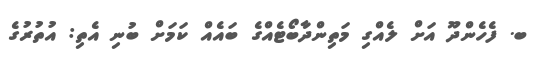
ބ. ފެހެންދޫ އަށް ލެއްގި މަތިންދާބޯޓެއްގެ ބައެއް ކަމަށް ބުނި އެތި: އުތުރުގެ